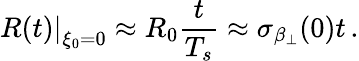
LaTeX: \left.R(t)\right|_{\xi_{0}=0}\approx R_{0}\frac{t}{T_{s}}\approx\sigma_{\beta_{\perp}}(0)t\, .